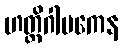
ဟတ္ထိဂါမကေန